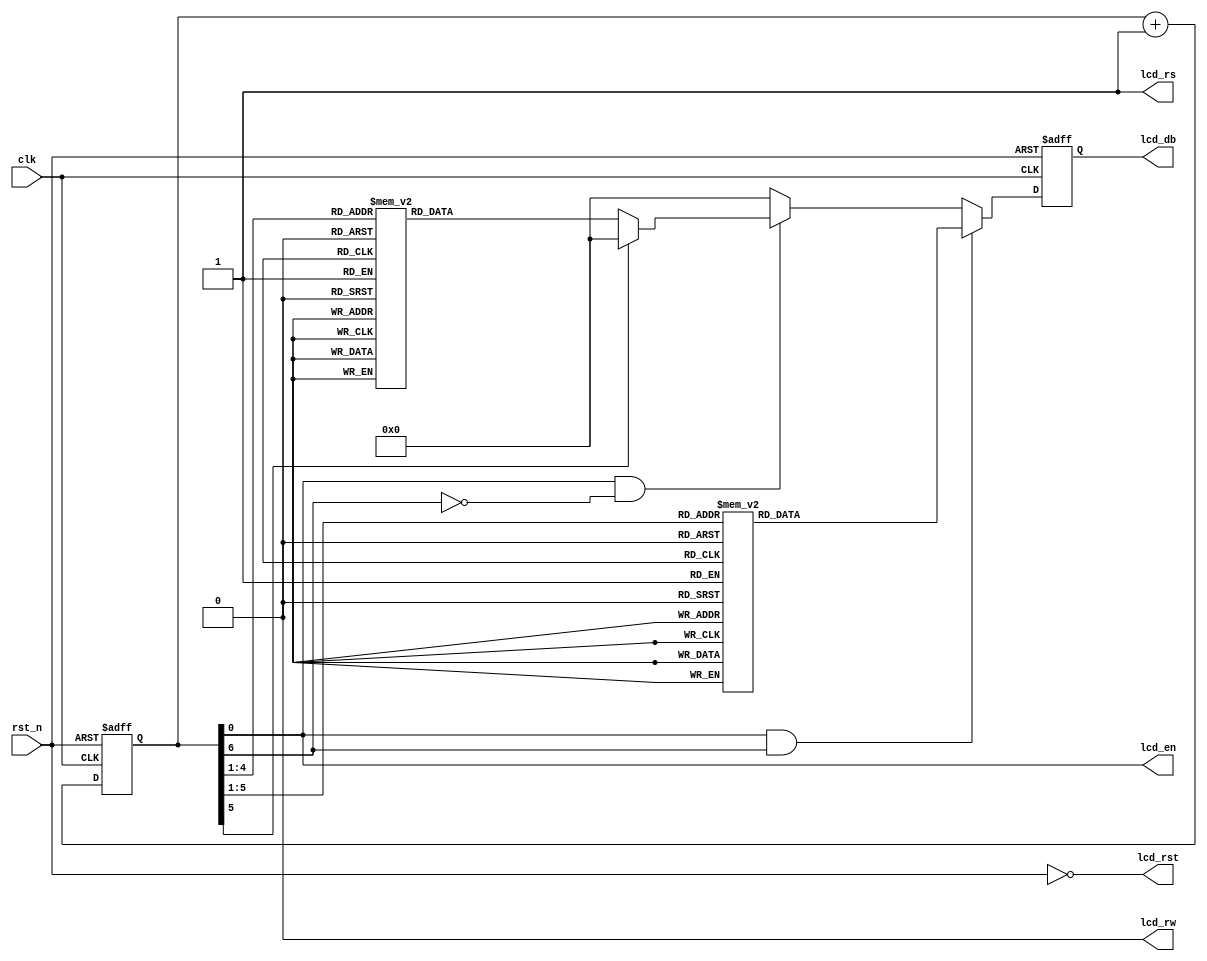
module display(
 input clk,
 input rst_n,
 output lcd_en, // LED enable
 output lcd_rs, // register select
                        // 0 : write command register
                        // 1 : write data register
 output lcd_rw, // Read/Write Signal
                        // 0 : write
                        // 1 : No function
 output reg [7:0] lcd_db,
 output lcd_rst);
 
 reg  [7:0] tmp1;
 reg  [7:0] tmp2;
 reg  [6:0] cnt_lcd; 
 wire  rst;
// ------------
// Text LCD Main Circuit
// ------------

assign rst = ~rst_n;
assign lcd_rw = 1'b0;
assign lcd_rs = 1'b1;
assign lcd_rst = rst;
assign lcd_en = cnt_lcd[0];

always @(posedge clk or posedge rst)
   if (rst) lcd_db <= 0;
   else if (lcd_en & cnt_lcd[6]) lcd_db <= tmp1;
   else if (lcd_en & ~cnt_lcd[6]) lcd_db <= tmp2;
   else lcd_db <= 0;
       
always @(posedge clk or posedge rst)
   if (rst) cnt_lcd <= 0;
   else  cnt_lcd <= cnt_lcd + 1;
      

always @(cnt_lcd)
   case(cnt_lcd[5:1])
   'h0 : tmp1 = 'h0A;    // *
   'h1 : tmp1 = 'h0A;    // *
   'h2 : tmp1 = 'h00;    // space
   'h3 : tmp1 = 'h37;    // W
   'h4 : tmp1 = 'h45;    // e
   'h5 : tmp1 = 'h4C;    // l
   'h6 : tmp1 = 'h43;    // c
   'h7 : tmp1 = 'h4F;    // o
   'h8 : tmp1 = 'h4D;    // m
   'h9 : tmp1 = 'h45;    // e
   'hA : tmp1 = 'h00;    // space
   'hB : tmp1 = 'h34;  // T
   'hC : tmp1 = 'h4F;  // o
   'hD : tmp1 = 'h00;    // space
   'hE : tmp1 = 'h0A;    // *
   'hF : tmp1 = 'h0A;    // *
   'h10 : tmp1 = 'h26;  // F
   'h11 : tmp1 = 'h35; // U
   'h12 : tmp1 = 'h24; // D
   'h13 : tmp1 = 'h21; // A
   'h14 : tmp1 = 'h2e; // N
   'h15 : tmp1 = 'h00; // space
   'h16 : tmp1 = 'h35; // U
   'h17 : tmp1 = 'h4e; // n
   'h18 : tmp1 = 'h49; // i
   'h19 : tmp1 = 'h56; // v
   'h1A : tmp1 = 'h45; // e
   'h1B : tmp1 = 'h52; // r
   'h1C : tmp1 = 'h53; // s
   'h1D : tmp1 = 'h49; // i
   'h1E : tmp1 = 'h54; // t
   'h1F : tmp1 = 'h59; // y
   default : tmp1 = 'h00;
   endcase

always @(cnt_lcd)
   case(cnt_lcd[5:1])
   'h0 : tmp2 = 'h0B; // *
   'h1 : tmp2 = 'h38; // X
   'h2 : tmp2 = 'h49; // i
   'h3 : tmp2 = 'h4E; // n
   'h4 : tmp2 = 'h47; // g
   'h5 : tmp2 = 'h5A; // z
   'h6 : tmp2 = 'h48; // h
   'h7 : tmp2 = 'h4F; // o
   'h8 : tmp2 = 'h55; // u
   'h9 : tmp2 = 'h00; // space
   'hA : tmp2 = 'h34; // T
   'hB : tmp2 = 'h41; // a
   'hC : tmp2 = 'h4E; // n
   'hD : tmp2 = 'h47; // g
   'hE : tmp2 = 'h0B; // *
   default : tmp2 = 'h00;
   endcase
             
endmodule